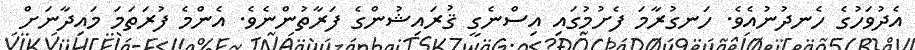
އެދުވަހުގެ ހެނދުނުއެވެ. ހަނގުރާމަ ފެށުމުގައި އިސްނެގީ ޤުރައިޝުންގެ ފަރާތުންނެވެ. އެންމެ ފުރަތަމަ މައިދާނަށް